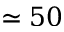
\simeq 5 0